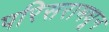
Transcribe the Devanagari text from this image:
परिसरामधून